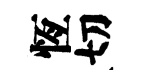
恆切